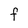
Character: F